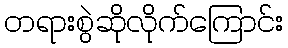
တရားစွဲဆိုလိုက်ကြောင်း